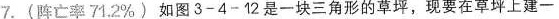
7.(阵亡率71.2%) 如图3-4-12是一块三角形的草坪，现要在草坪上建一